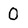
Character: O